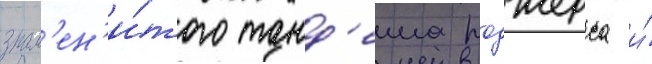
знам'ен'и́того танд'ема роджерса и́